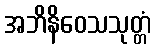
အဘိနိဝေသသုတ္တံ